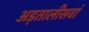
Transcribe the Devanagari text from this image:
अड़तालीसवां